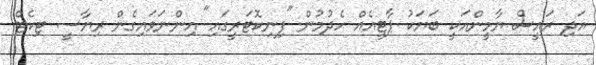
އަދި ރައީސް ޔާމީންއަކީ ބަޔަކު ޕާޓީއެއް ހެދުމުން "ފިނިކޮޓަރީގައި" އިންނަވައިގެން ރިޔާސީ ޓިކެޓް